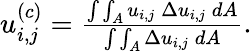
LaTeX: \begin{array}{r}{u_{i,j}^{(c)}=\frac{\int\int_{A}u_{i,j}\: \Delta u_{i,j}\: dA}{\int\int_{A}\Delta u_{i,j}\: dA}.}\end{array}